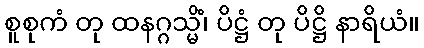
စူစုကံ တု ထနဂ္ဂသ္မိံ၊ ပိဋ္ဌံ တု ပိဋ္ဌိ နာရိယံ။